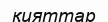
қияттар